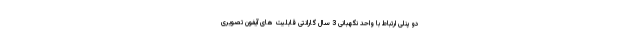
دو پنلی ارتباط با واحد نگهبانی 3 سال گارانتی قابلیت های آیفون تصویری